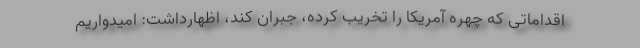
اقداماتی که چهره آمریکا را تخریب کرده، جبران کند، اظهارداشت: امیدواریم